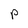
Character: P